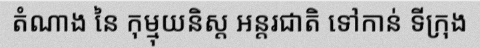
តំណាង នៃ កុម្មុយនិស្ត អន្តរជាតិ ទៅកាន់ ទីក្រុង